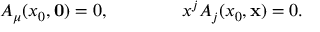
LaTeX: A _ { \mu } ( x _ { 0 } , { \bf 0 } ) = 0 , \qquad \qquad x ^ { j } A _ { j } ( x _ { 0 } , { \bf x } ) = 0 .